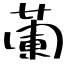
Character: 蘭